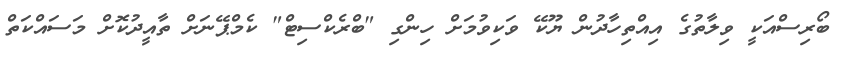
ބޯރިސްއަކީ ވިލާތުގެ އިއްތިހާދުން ޔޫކޭ ވަކިވުމަށް ހިންގި "ބްރެކްސިޓް" ކެމްޕޭނަށް ތާއީދުކޮށް މަސައްކަތް